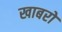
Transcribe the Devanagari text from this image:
खाबरों